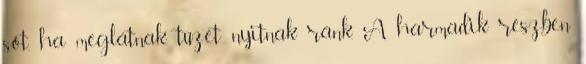
sőt, ha meglátnak, tüzet nyitnak ránk. A harmadik részben